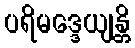
ပရိမဒ္ဒေယျန္တိ